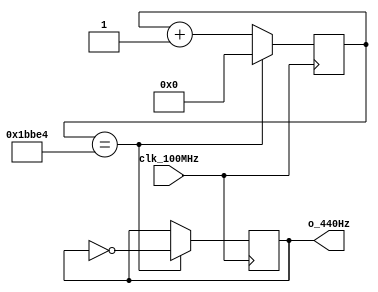
`timescale 1ns / 1ps
//////////////////////////////////////////////////////////////////////////////////
// Authored by David J. Marion aka FPGA Dude
// Created on 4/29/2022
// Using Vivado 2021.2
// Generating 440Hz signal for music tone 'a'
//////////////////////////////////////////////////////////////////////////////////

module a_440Hz(
    input clk_100MHz,
    output o_440Hz     
    );
    
    // 100MHz / 113,636 / 2 = 440.0014Hz
    reg r_440Hz;
    reg [16:0] r_counter = 0;
    
    always @(posedge clk_100MHz)
        if(r_counter == 17'd113_636) begin
            r_counter <= 0;
            r_440Hz <= ~r_440Hz;
            end
        else
            r_counter <= r_counter + 1;

    assign o_440Hz = r_440Hz;
    
endmodule